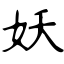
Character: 妖